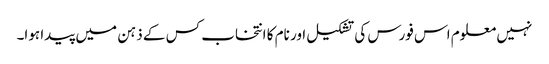
نہیں معلوم اس فورس کی تشکیل اور نام کا انتخاب کس کے ذہن میں پیدا ہوا۔